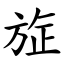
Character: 㫌